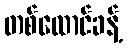
တစ်ထောင်ခန့်